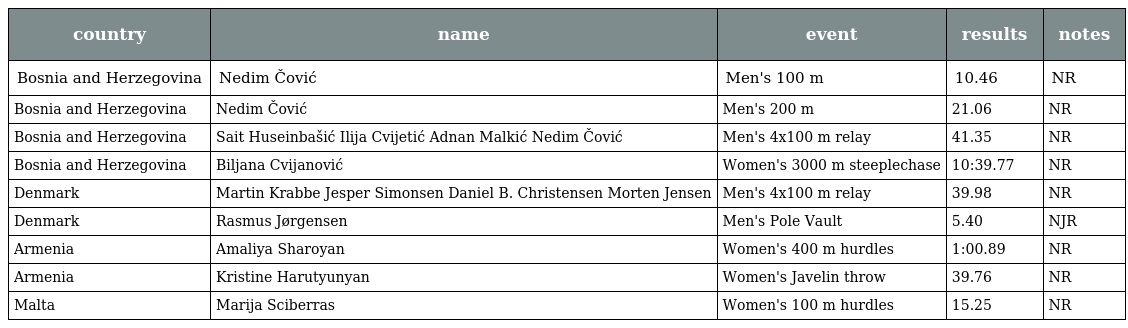
| country | name | event | results | notes |
 | --- | --- | --- | --- | --- |
 | Bosnia and Herzegovina | Nedim Čović | Men's 100 m | 10.46 | NR |
 | Bosnia and Herzegovina | Nedim Čović | Men's 200 m | 21.06 | NR |
 | Bosnia and Herzegovina | Sait Huseinbašić Ilija Cvijetić Adnan Malkić Nedim Čović | Men's 4x100 m relay | 41.35 | NR |
 | Bosnia and Herzegovina | Biljana Cvijanović | Women's 3000 m steeplechase | 10:39.77 | NR |
 | Denmark | Martin Krabbe Jesper Simonsen Daniel B. Christensen Morten Jensen | Men's 4x100 m relay | 39.98 | NR |
 | Denmark | Rasmus Jørgensen | Men's Pole Vault | 5.40 | NJR |
 | Armenia | Amaliya Sharoyan | Women's 400 m hurdles | 1:00.89 | NR |
 | Armenia | Kristine Harutyunyan | Women's Javelin throw | 39.76 | NR |
 | Malta | Marija Sciberras | Women's 100 m hurdles | 15.25 | NR |